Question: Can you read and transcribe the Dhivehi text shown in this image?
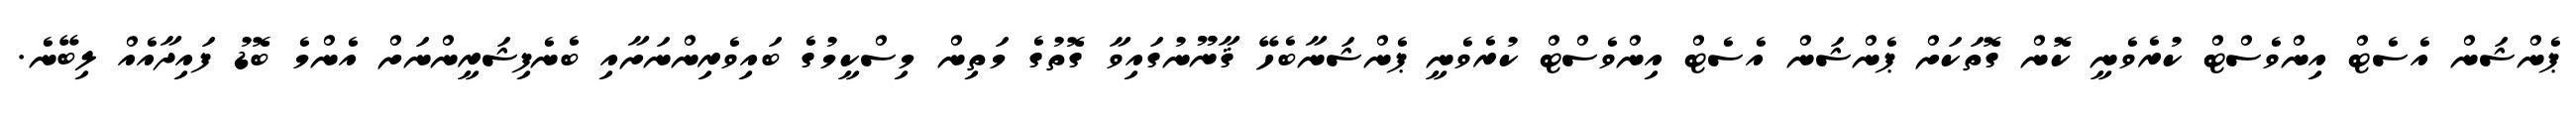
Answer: ޕެންޝަން އެސެޓް އިންވެސްޓް ކުރެވެނީ ކޮން ގޮތަކަށް ޕެންޝަން އެސެޓް އިންވެސްޓް ކުރެވެނީ ޕެންޝަނާބެހޭ ޤާނޫނުގައިވާ ގޮތުގެ މަތިން މިސްކީމުގެ ބައިވެރިންނަށާއި ބެނެފިޝަރީންނަށް އެންމެ ބޮޑު ފައިދާއެއް ލިބޭނެ.